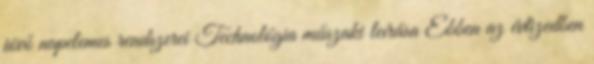
jövő napelemes rendszerei Technológia műszaki leírása Ebben az évtizedben